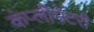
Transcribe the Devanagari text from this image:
कंप्लीमेंटरी